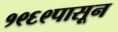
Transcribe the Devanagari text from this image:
१९६९पासून